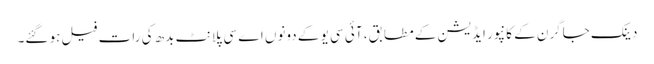
دینک جاگرن کے کانپور ایڈیشن کے مطابق، آئی سی یو کے دونوں اے سی پلانٹ بدھ کی رات فیل ہو گئے۔